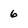
Character: 6